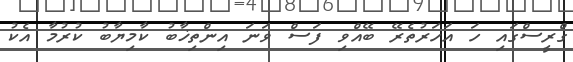
ގްރީސްގައި ހަ އަހަރުތެރޭ ބޭއްވި ފަސް ވަަނަ އިންތިޚާބު ކާމިޔާބު ކުރުމާ އެކު